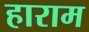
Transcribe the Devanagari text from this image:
हाराम